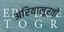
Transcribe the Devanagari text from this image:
अरियालूरची